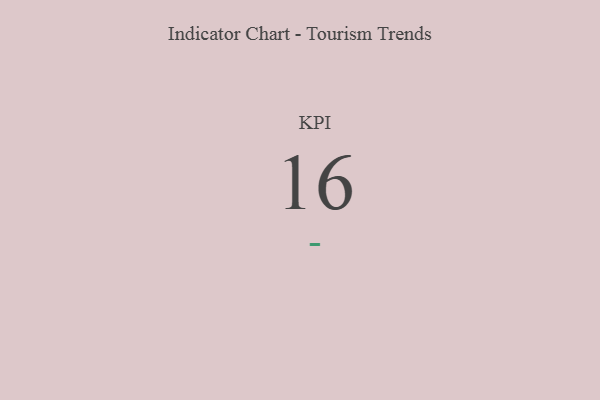
{"axis": {"x": "KPI", "y": "Value"}, "legend": [""], "data": [{"x": "KPI", "y": 16, "type": ""}]}